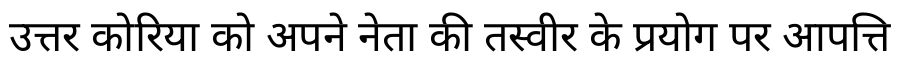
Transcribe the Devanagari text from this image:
उत्तर कोरिया को अपने नेता की तस्वीर के प्रयोग पर आपत्ति